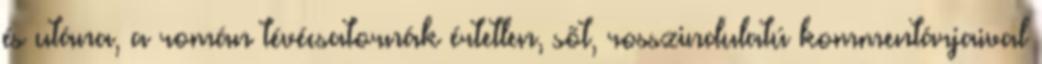
és utána, a román tévécsatornák értetlen, sõt, rosszindulatú kommentárjaival